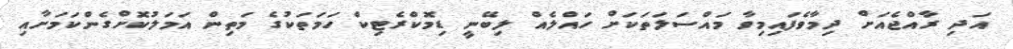
އަދި ރާއްޖެއަށް ދިމާވެފައިމިވާ މައްސަލަތަކަށް ހައްލެއް ލިބޭނީ ޑިމޮކްރެޓިކް ހަމަތަކުގެ މަތިން އަމަލުކޮށްގެންކަމަށާއި